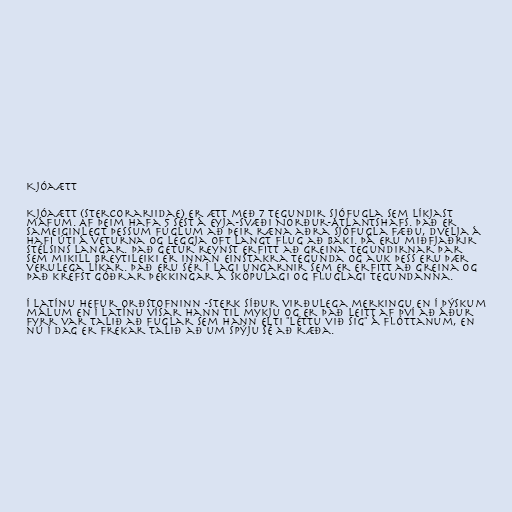
Kjóaætt

Kjóaætt (Stercorariidae) er ætt með 7 tegundir sjófugla sem líkjast
máfum. Af þeim hafa 5 sést á eyja-svæði Norður-Atlantshafs. Það er
sameiginlegt þessum fuglum að þeir ræna aðra sjófugla fæðu, dvelja á
hafi úti á veturna og leggja oft langt flug að baki. Þá eru miðfjaðrir
stélsins langar. Það getur reynst erfitt að greina tegundirnar þar
sem mikill breytileiki er innan einstakra tegunda og auk þess eru þær
verulega líkar. Það eru sér í lagi ungarnir sem er erfitt að greina og
það krefst góðrar þekkingar á sköpulagi og fluglagi tegundanna.

Í latínu hefur orðstofninn -sterk síður virðulega merkingu en í þýskum
málum en í latínu vísar hann til mykju og er það leitt af því að áður
fyrr var talið að fuglar sem hann elti "léttu við sig" á flóttanum, en
nú í dag er frekar talið að um spýju sé að ræða.